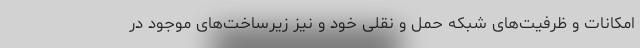
امکانات و ظرفیت‌های شبکه حمل و نقلی خود و نیز زیرساخت‌های موجود در